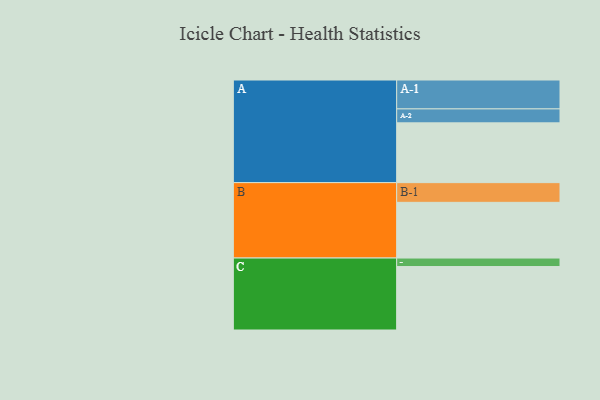
{"axis": {"x": "Segment", "y": "Value"}, "legend": ["", "A", "B", "C"], "data": [{"x": "A", "y": 540, "type": ""}, {"x": "B", "y": 503, "type": ""}, {"x": "C", "y": 573, "type": ""}, {"x": "A-1", "y": 261, "type": "A"}, {"x": "A-2", "y": 126, "type": "A"}, {"x": "B-1", "y": 178, "type": "B"}, {"x": "C-1", "y": 77, "type": "C"}]}